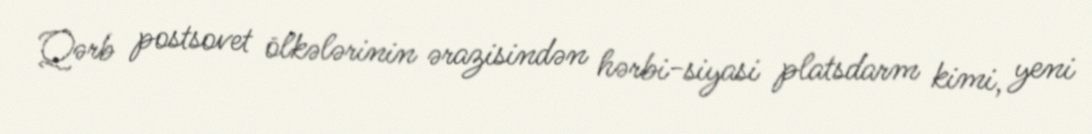
Qərb postsovet ölkələrinin ərazisindən hərbi-siyasi platsdarm kimi, yeni